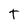
Character: t